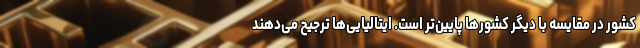
کشور در مقایسه با دیگر کشورها پایین‌تر است. ایتالیایی‌ها ترجیح می‌دهند